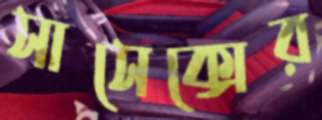
সাসেক্সের